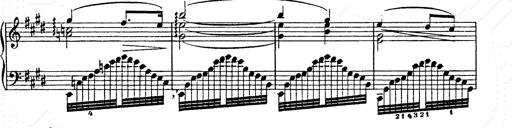
Title: Ab irato
Composer: Franz Liszt